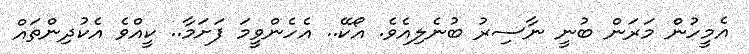
އެމީހުން މަރަން ބުނީ ނާސިރު ބުނެލިއެވެ. އޯކޭ.. އެހެންވީމަ ފަށަމާ.. ކީއްވެ އެކުދިންތައް